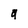
Character: 9